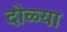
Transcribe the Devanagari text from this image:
दोळ्या